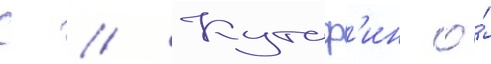
С // Кутаф'ин о́